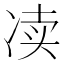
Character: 𰃿